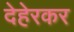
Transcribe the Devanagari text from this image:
देहेरकर